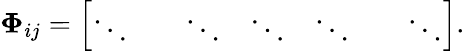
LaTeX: \boldsymbol{\Phi}_{ij}=\left[\begin{array}{lllllll}{\ddots}&{}&{\ddots}&{\ddots}&{\ddots}&{}&{\ddots}\end{array}\right].